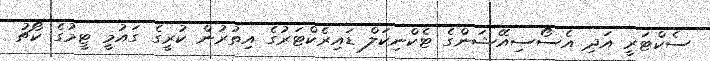
ސެކްޓަރީ އަދި އެސޯސިއޭޝަންގެ ޓެކްނިކަލް ޑައިރެކްޓަރުގެ އިތުރުން ކުރީގެ ގައުމީ ޓީމުގެ ކޯޗު